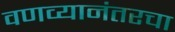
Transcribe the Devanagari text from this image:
वणव्यानंतरचा